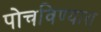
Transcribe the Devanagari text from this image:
पोचविण्यास